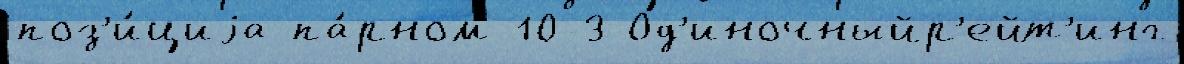
поз'и́циjа па́рном 10-3 Од'иночныйр'ейт'инг